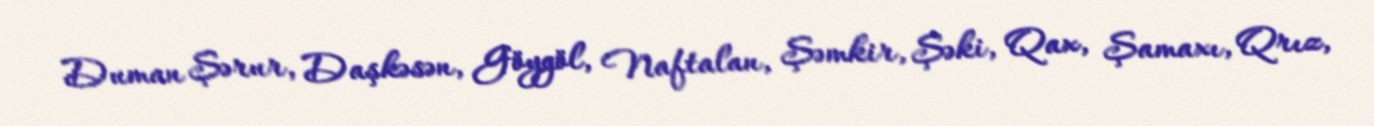
Duman Şərur, Daşkəsən, Göygöl, Naftalan, Şəmkir, Şəki, Qax, Şamaxı, Qrız,